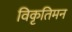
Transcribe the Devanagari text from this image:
विकृतिमन